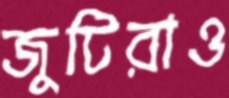
জুটিরাও